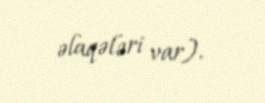
əlaqələri var).